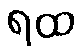
ရထ